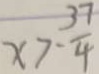
x > - \frac { 3 7 } { 4 }